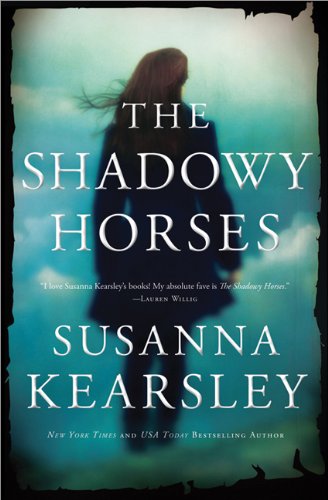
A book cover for The Shadowy Horses: An enchanting, mysterious tale that bends time and place; Susanna Kearsley; Romance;